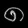
Digit: ၈